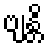
ဗျန္တိ